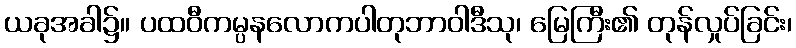
ယခုအခါ၌။ ပထဝီကမ္ပနလောကပါတုဘာဝါဒီသု၊ မြေကြီး၏ တုန်လှုပ်ခြင်း၊